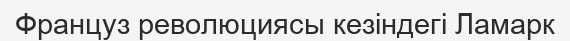
Француз революциясы кезіндегі Ламарк